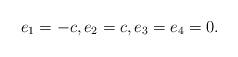
LaTeX: \begin{align*}e_1=-c,e_2=c,e_3=e_4=0.\end{align*}